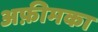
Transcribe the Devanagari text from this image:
अफ़ीमका